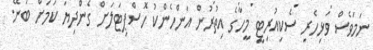
ނަމަވެސް ވަޅިހެރި ސެކިއުރިޓީ މީހާގެ އިތުރުން އަންހެންކު ހޮސްޕިޓަލަށް ގެންދިޔަ ކަމަށް ބުނޭ.